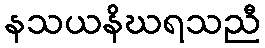
နသယနိဃရသညီ